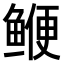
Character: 𫚣